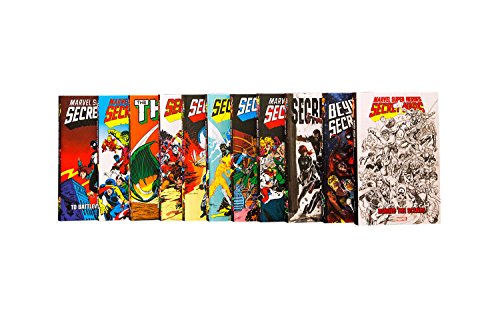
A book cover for Marvel Super Heroes Secret Wars: Battleworld Box Set; Jim Shooter; Comics & Graphic Novels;